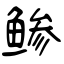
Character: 鲹